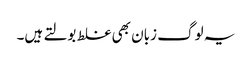
یہ لوگ زبان بھی غلط بولتے ہیں۔